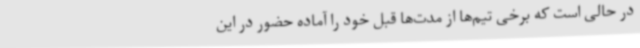
در حالی است که برخی تیم‌ها از مدت‌ها قبل خود را آماده حضور در این